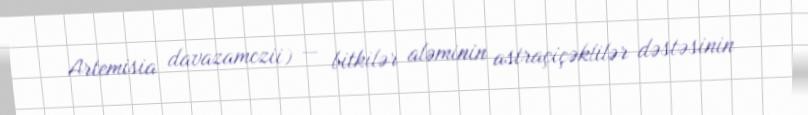
Artemisia davazamczii) — bitkilər aləminin astraçiçəklilər dəstəsinin